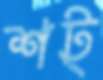
শট্